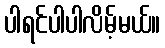
ပါရင်ပါပါလိမ့်မယ်။